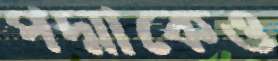
পদ্মাকেও